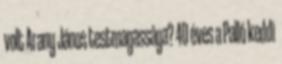
volt Arany János testmagassága? 40 éves a Palló keddi